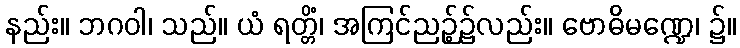
နည်း။ ဘဂဝါ၊ သည်။ ယံ ရတ္တိံ၊ အကြင်ညဉ့်၌လည်း။ ဗောဓိမဏ္ဍေ၊ ၌။